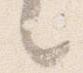
々